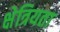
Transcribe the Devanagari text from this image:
क्षेत्रियता